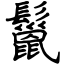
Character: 鬣